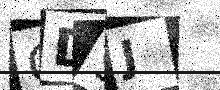
Text: CD9J